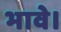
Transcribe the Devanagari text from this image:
भावे।